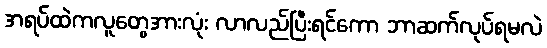
အရပ်ထဲကလူတွေအားလုံး လာလည်ပြီးရင်ကော ဘာဆက်လုပ်ရမလဲ